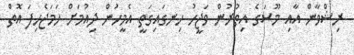
ރިޝްވާން އާއި މޫސަގެ އިތުރުން ވަޖީހު ހިނގައިގަތީ އެމީހުން ދިއުމަށް ހަމަޖެހިފަ އޮތް